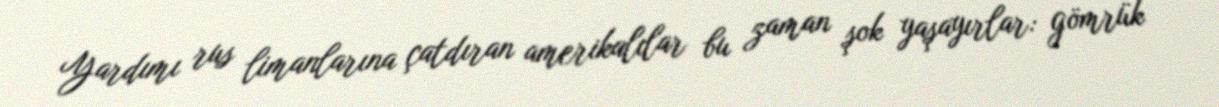
Yardımı rus limanlarına çatdıran amerikalılar bu zaman şok yaşayırlar: gömrük